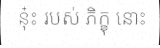
នុ៎ះ របស់ ភិក្ខុ នោះ